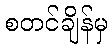
စတင်ချိန်မှ